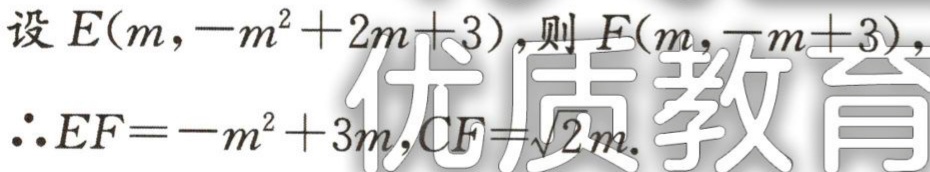
设 \(E(m,-m^{2}+2m + 3)\)，则 \(F(m,-m + 3)\)，
\(\therefore EF=-m^{2}+3m,CF=\sqrt{2}m\).